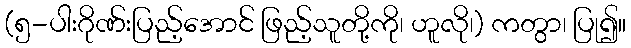
(၅-ပါးဂိုဏ်းပြည့်အောင် ဖြည့်သူတို့ကို၊ ဟူလို၊) ကတွာ၊ ပြု၍။